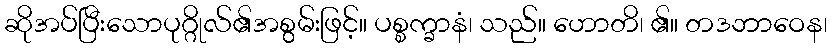
ဆိုအပ်ပြီးသောပုဂ္ဂိုလ်၏အစွမ်းဖြင့်။ ပစ္စက္ခာနံ၊ သည်။ ဟောတိ၊ ၏။ တဒဘာဝေန၊